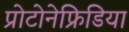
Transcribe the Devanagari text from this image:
प्रोटोनेफ्रिडिया